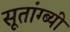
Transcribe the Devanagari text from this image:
सूतांग्ब्यी